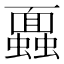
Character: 蠠